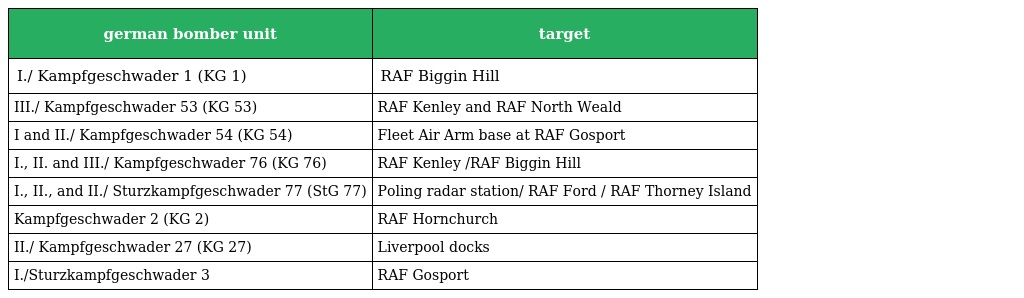
| german bomber unit | target |
 | --- | --- |
 | I./ Kampfgeschwader 1 (KG 1) | RAF Biggin Hill |
 | III./ Kampfgeschwader 53 (KG 53) | RAF Kenley and RAF North Weald |
 | I and II./ Kampfgeschwader 54 (KG 54) | Fleet Air Arm base at RAF Gosport |
 | I., II. and III./ Kampfgeschwader 76 (KG 76) | RAF Kenley /RAF Biggin Hill |
 | I., II., and II./ Sturzkampfgeschwader 77 (StG 77) | Poling radar station/ RAF Ford / RAF Thorney Island |
 | Kampfgeschwader 2 (KG 2) | RAF Hornchurch |
 | II./ Kampfgeschwader 27 (KG 27) | Liverpool docks |
 | I./Sturzkampfgeschwader 3 | RAF Gosport |